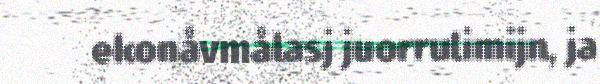
ekonåvmålasj juorrulimijn, ja